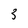
Character: 3